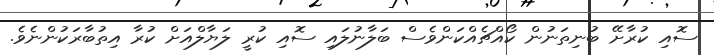
ސޮއި ކުރާށޭ ބުނިތަނުން ކޯއްޗެއްކަންވެސް ބަލާނުލައި ސޮއި ކުރީ ލަޔާލްއަށް ކުރާ އިތުބާރަކުންނެވެ.